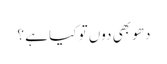
دھو بھی دوں تو کیا ہے ؟